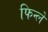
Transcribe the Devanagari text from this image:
फिन्ले